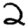
Digit: 2